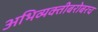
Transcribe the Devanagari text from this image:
अभिव्यक्तीबरोबरच